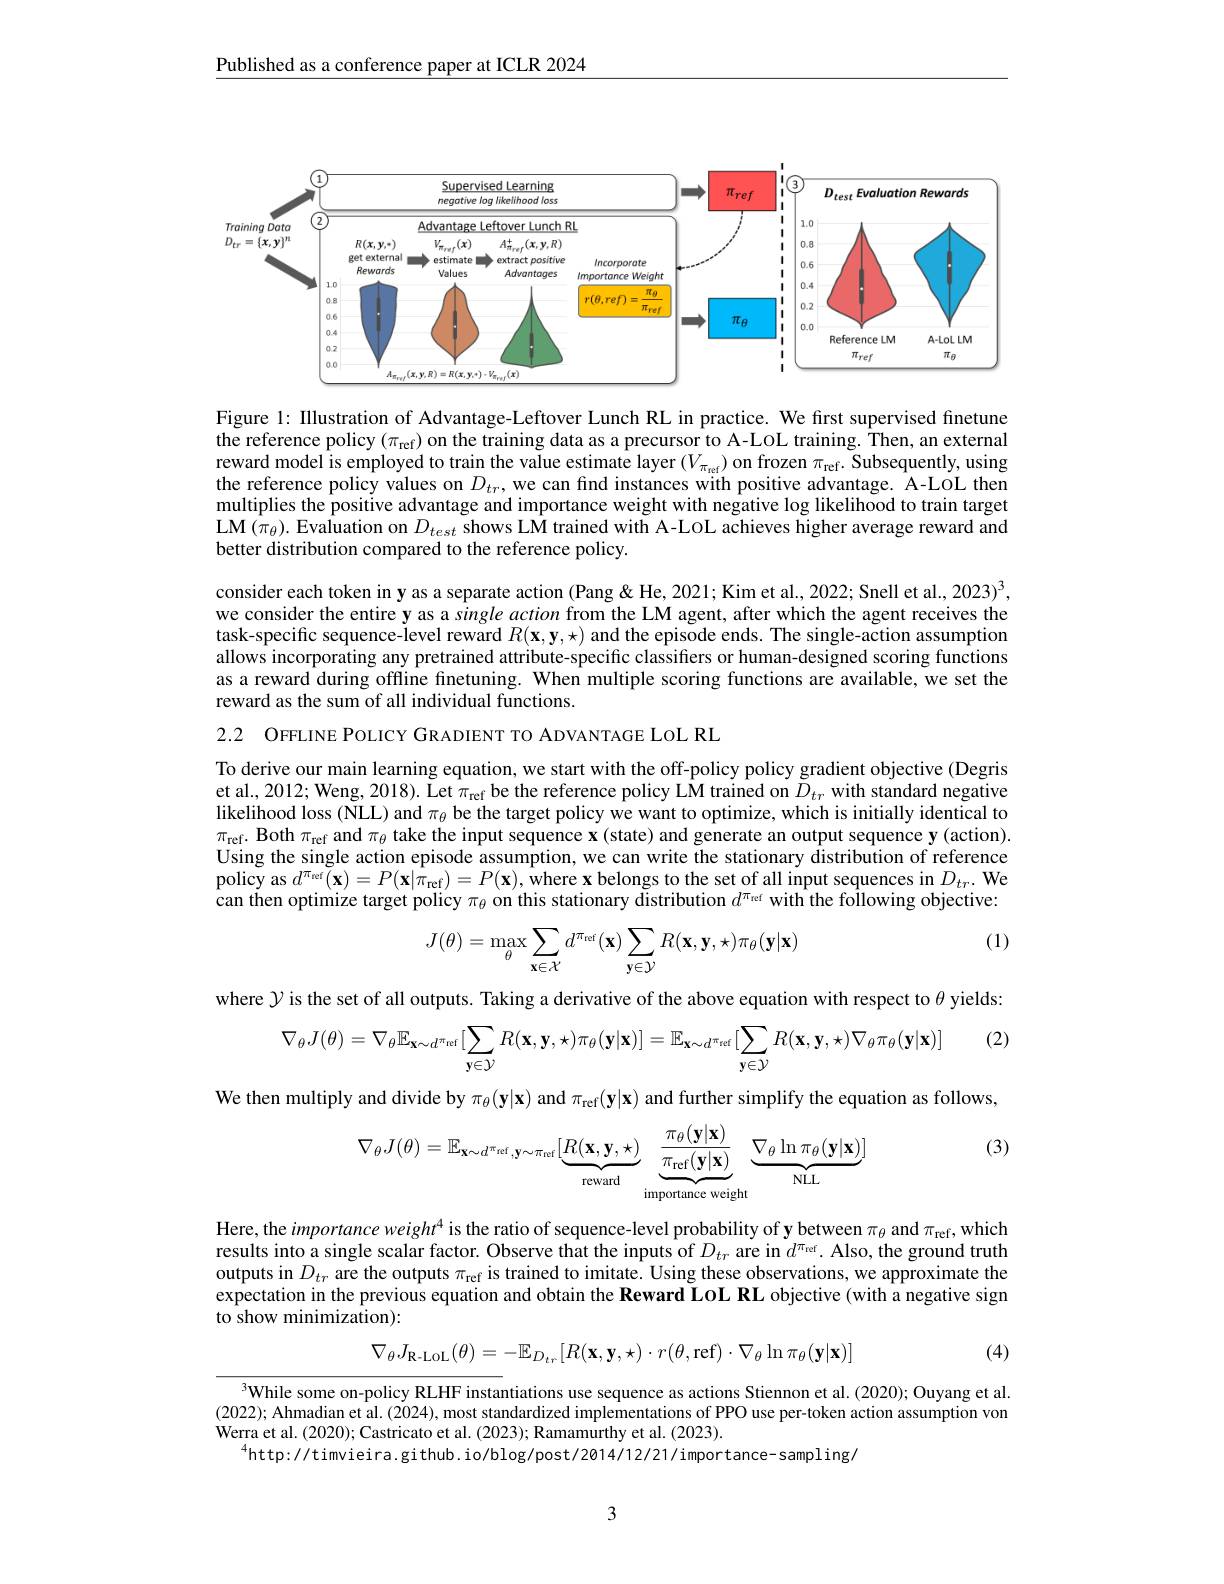
$\underline{\text{Published as a conference paper at ICLR 2024}}$

<FigureHere>

Figure 1: Illustration of Advantage-Leftover Lunch RL in practice. We first supervised finetune the reference policy $(\pi_\mathrm{ref})$ on the training data as a precursor to A-LoL training. Then, an external reward model is employed to train the value estimate layer $(V_{\pi_\mathrm{ref}})$ on frozen $\pi_\mathrm{ref}.$ Subsequently, using the reference policy values on $D_tr$, we can find instances with positive advantage. A-LOL then multiplies the positive advantage and importance weight with negative log likelihood to train target LM( $\pi _{\theta }$) . Evaluation on $D_{test}$ shows LM trained with A-LOL achieves higher average reward and better distribution compared to the reference policy.

consider each token in y as a separate action (Pang & He, 2021; Kim et al., 2022; Snell et al., 2023)$^3$, we consider the entire y as a single action from the LM agent, after which the agent receives the task-specific sequence-level reward $R(\mathbf{x},\mathbf{y},\star)$ and the episode ends. The single-action assumption allows incorporating any pretrained attribute-specific classifiers or human-designed scoring functions as a reward during offline finetuning. When multiple scoring functions are available, we set the reward as the sum of all individual functions.

2.2 OFFLINE POLICY GRADIENT TO ADVANTAGE LOL RL

To derive our main learning equation, we start with the off-policy policy gradient objective (Degris et al., 2012; Weng, 2018). Let $\pi_\mathrm{ref}$ be the reference policy LÎM trained on $\tilde{D}_tr$ with standard negative likelihood loss (NLL) and $\pi_\theta$ be the target policy we want to optimize, which is initially identical to $\pi_{\mathrm{ref}}.$ Both $\pi_\mathrm{ref}$ and $\pi_\theta$ take the input sequence $\mathbf{x}$ (state) and generate an output sequence y (action). Using the single action episode assumption, we can write the stationary distribution of reference $\tilde{\text{policy as }d^{\pi_{\mathrm{ref}}}(\mathbf{x})=P(\mathbf{x}|\hat{\pi}_{\mathrm{ref}})=P(\mathbf{x}),\tilde{\text{where }\mathbf{x}}\textbf{belongs to the set of all input sequences in }D_{tr}.{\text{We}}}$ can then optimize target policy $\pi_\theta$ on this stationary distribution $d^\mathrm{\pi}$ref with the following objective:

(1)
$$J(\theta)=\max_{\theta}\sum_{\mathbf{x}\in\mathcal{X}}d^{\pi_{\mathrm{ref}}}(\mathbf{x})\sum_{\mathbf{y}\in\mathcal{Y}}R(\mathbf{x},\mathbf{y},\star)\pi_{\theta}(\mathbf{y}|\mathbf{x})$$
where $\mathcal{Y}$ is the set of all outputs. Taking a derivative of the above equation with respect to $\theta$ yields:
(2)
$$\nabla_{\theta}J(\theta)=\nabla_{\theta}\mathbb{E}_{\mathbf{x}\sim d^{\pi_{vef}}}[\sum_{\mathbf{y}\in\mathcal{Y}}R(\mathbf{x},\mathbf{y},\star)\pi_{\theta}(\mathbf{y}|\mathbf{x})]=\mathbb{E}_{\mathbf{x}\sim d^{\pi_{vef}}}[\sum_{\mathbf{y}\in\mathcal{Y}}R(\mathbf{x},\mathbf{y},\star)\nabla_{\theta}\pi_{\theta}(\mathbf{y}|\mathbf{x})]$$
We then multiply and divide by $\pi_\theta(\mathbf{y}|\mathbf{x})$ and $\pi _{\mathrm{ref}}( \mathbf{y} | \mathbf{x} )$ and further simplify the equation as follows,

(3)
$$\nabla_{\theta}J(\theta)=\mathbb{E}_{\mathbf{x}\sim d^{\pi_{\mathrm{ref}}},\mathbf{y}\sim\pi_{\mathrm{ref}}}[\underbrace{R(\mathbf{x},\mathbf{y},\star)}_{\text{reward}}\underbrace{\frac{\pi_{\theta}(\mathbf{y}|\mathbf{x})}{\pi_{\mathrm{ref}}(\mathbf{y}|\mathbf{x})}}_{\text{importance weight}}\underbrace{\nabla_{\theta}\ln\pi_{\theta}(\mathbf{y}|\mathbf{x})}_{\text{NLL}}]$$
Here, the importance weight$^4$ is the ratio of sequence-level probability of y between $\pi_\theta$ and $\pi_\mathrm{ref}$,which results into a single scalar factor. Observe that the inputs of $D_{tr}$ are in $d^{\pi_\mathrm{vef}}.$ Also, the ground truth outputs in $D_{tr}$ are the outputs $\pi_\mathrm{ref}$ is trained to imitate. Using these observations, we approximate the expectation in the previous equation and obtain the Reward LoL RL objective (with a negative sign to show minimization):
$$\nabla_{\theta}J_{\mathrm{R-LOL}}(\theta)=-\mathbb{E}_{D_{tr}}[R(\mathbf{x},\mathbf{y},\star)\cdot r(\theta,\mathrm{ref})\cdot\nabla_{\theta}\ln\pi_{\theta}(\mathbf{y}|\mathbf{x})]$$
(4)

$^{3}$While some on-policy RLHF instantiations use sequence as actions Stiennon et al. (2020); Ouyang et al. (2022); Ahmadian et al. (2024), most standardized implementations of PPO use per-token action assumption von Werra et al. (2020); Castricato et al. (2023); Ramamurthy et al. (2023).
$^{4}$http://timvieira.github.io/blog/post/2014/12/21/importance-sampling/

3